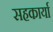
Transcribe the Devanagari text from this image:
सहकार्या